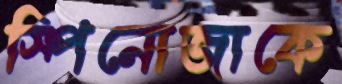
স্পিনোজাকে